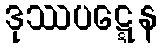
ဒုဿပဋ္ဋေန